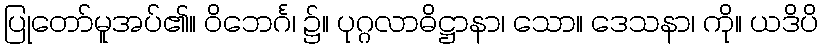
ပြုတော်မူအပ်၏။ ဝိဘေင်္ဂ၊ ၌။ ပုဂ္ဂလာဓိဋ္ဌာနာ၊ သော။ ဒေသနာ၊ ကို။ ယဒိပိ